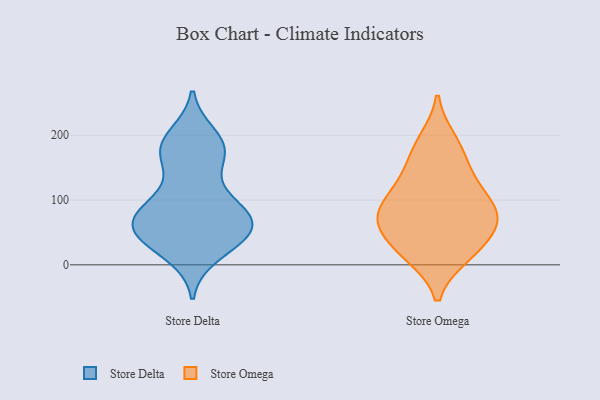
{"axis": {"x": "Production Output", "y": "Value"}, "legend": ["Store Delta", "Store Omega"], "data": [{"x": "", "y": 171, "type": "Store Delta"}, {"x": "", "y": 66, "type": "Store Delta"}, {"x": "", "y": 191, "type": "Store Delta"}, {"x": "", "y": 28, "type": "Store Delta"}, {"x": "", "y": 76, "type": "Store Delta"}, {"x": "", "y": 52, "type": "Store Delta"}, {"x": "", "y": 198, "type": "Store Delta"}, {"x": "", "y": 63, "type": "Store Delta"}, {"x": "", "y": 41, "type": "Store Delta"}, {"x": "", "y": 170, "type": "Store Delta"}, {"x": "", "y": 17, "type": "Store Delta"}, {"x": "", "y": 175, "type": "Store Delta"}, {"x": "", "y": 58, "type": "Store Delta"}, {"x": "", "y": 43, "type": "Store Delta"}, {"x": "", "y": 115, "type": "Store Delta"}, {"x": "", "y": 88, "type": "Store Delta"}, {"x": "", "y": 175, "type": "Store Delta"}, {"x": "", "y": 88, "type": "Store Delta"}, {"x": "", "y": 86, "type": "Store Delta"}, {"x": "", "y": 57, "type": "Store Delta"}, {"x": "", "y": 79, "type": "Store Omega"}, {"x": "", "y": 81, "type": "Store Omega"}, {"x": "", "y": 115, "type": "Store Omega"}, {"x": "", "y": 15, "type": "Store Omega"}, {"x": "", "y": 145, "type": "Store Omega"}, {"x": "", "y": 16, "type": "Store Omega"}, {"x": "", "y": 73, "type": "Store Omega"}, {"x": "", "y": 126, "type": "Store Omega"}, {"x": "", "y": 191, "type": "Store Omega"}, {"x": "", "y": 28, "type": "Store Omega"}, {"x": "", "y": 70, "type": "Store Omega"}, {"x": "", "y": 178, "type": "Store Omega"}, {"x": "", "y": 80, "type": "Store Omega"}, {"x": "", "y": 47, "type": "Store Omega"}]}